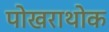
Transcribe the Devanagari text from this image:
पोखराथोक